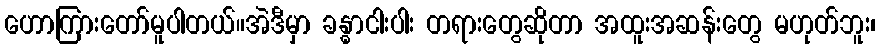
ဟောကြားတော်မူပါတယ်။အဲဒီမှာ ခန္ဓာငါးပါး တရားတွေဆိုတာ အထူးအဆန်းတွေ မဟုတ်ဘူး၊